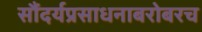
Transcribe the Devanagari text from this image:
सौंदर्यप्रसाधनाबरोबरच